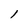
Character: l